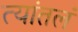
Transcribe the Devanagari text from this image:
त्यांतलं